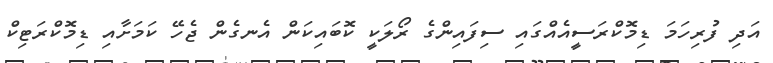
އަދި ފުރިހަމަ ޑިމޮކްރަސީއެއްގައި ސިފައިންގެ ރޯލަކީ ކޮބައިކަން އެނގެން ޖެހޭ ކަމަށާއި ޑިމޮކްރަޓިކް